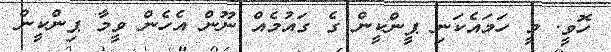
ހޮވީ. މީ ހަމައެކަނި ޕީންކީން ގެ ގައުމެއް ނޫން އެހެން ވީމާ ޕިންކީން